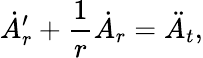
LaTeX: \dot{A}_{r}^{\prime}+{\frac{1}{r}}\dot{A}_{r}=\ddot{A}_{t},